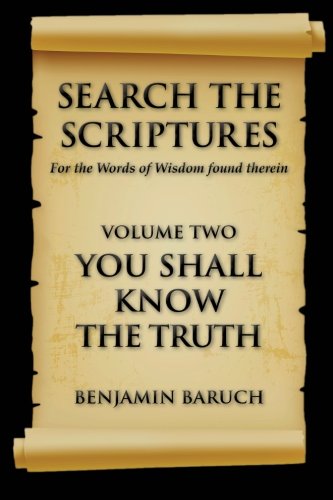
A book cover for Search The Scriptures: You Shall Know The Truth (Volume 2); Benjamin Baruch; Christian Books & Bibles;